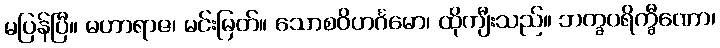
မပြန်ပြီ။ မဟာရာဇ၊ မင်းမြတ်။ သောစဝိဟင်္ဂမော၊ ထိုကျီးသည်။ ဘက္ခပရိက္ခီဏော၊